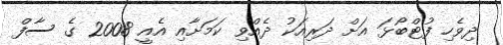
ދިވެހި ފުޓްބޯޅަ އަށް ދަރިއަކު ދެއްވި ކަމަށާއި އެއީ 2008 ގެ ސާފް